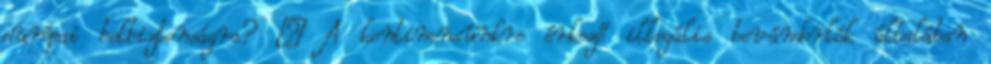
európai belbiztonságra? – A kontinensünkre érkező illegális bevándorlók általában